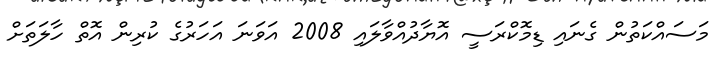
މަސައްކަތުން ގެނައި ޑިމޮކްރަސީ އޮޔާދުއްވާލައި 2008 އަވަނަ އަހަރުގެ ކުރިން އޮތް ހާލަތަށް